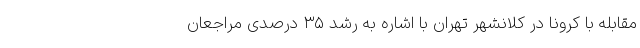
مقابله با کرونا در کلانشهر تهران با اشاره به رشد ۳۵ درصدی مراجعان